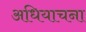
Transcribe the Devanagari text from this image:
अधियाचना